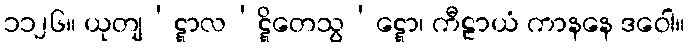
၁၁၂၆။ ယုတျ’ဋ္ဋာလ’ဋ္ဋိတေသွ’ဋ္ဋော၊ ကီဠာယံ ကာနနေ ဒဝေါ။